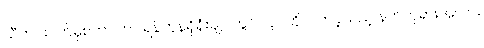
သီတင်းပတ်မှစတင်ကာ ရန်ကုန်ရှိရုံးချုပ်တွင် လုပ်ကိုင်လာခဲ့သည့် နတ်ဘုရားအလား